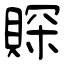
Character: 賝